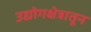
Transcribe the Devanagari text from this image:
उद्योगक्षेत्रातून